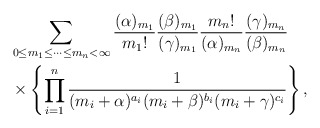
\begin{align*}\begin{aligned}&\sum_{0{\le}m_1{\le}\cdots{\le}m_n<\infty}\frac{(\alpha)_{m_1}}{{m_1}!}\frac{(\beta)_{m_1}}{(\gamma)_{m_1}}\frac{{m_n}!}{(\alpha)_{m_n}}\frac{(\gamma)_{m_{n}}}{(\beta)_{m_n}}\\&\times\left\{\prod_{i=1}^{n}\frac{1}{(m_i+\alpha)^{a_i}(m_i+\beta)^{b_i}(m_i+\gamma)^{c_i}}\right\},\end{aligned}\end{align*}